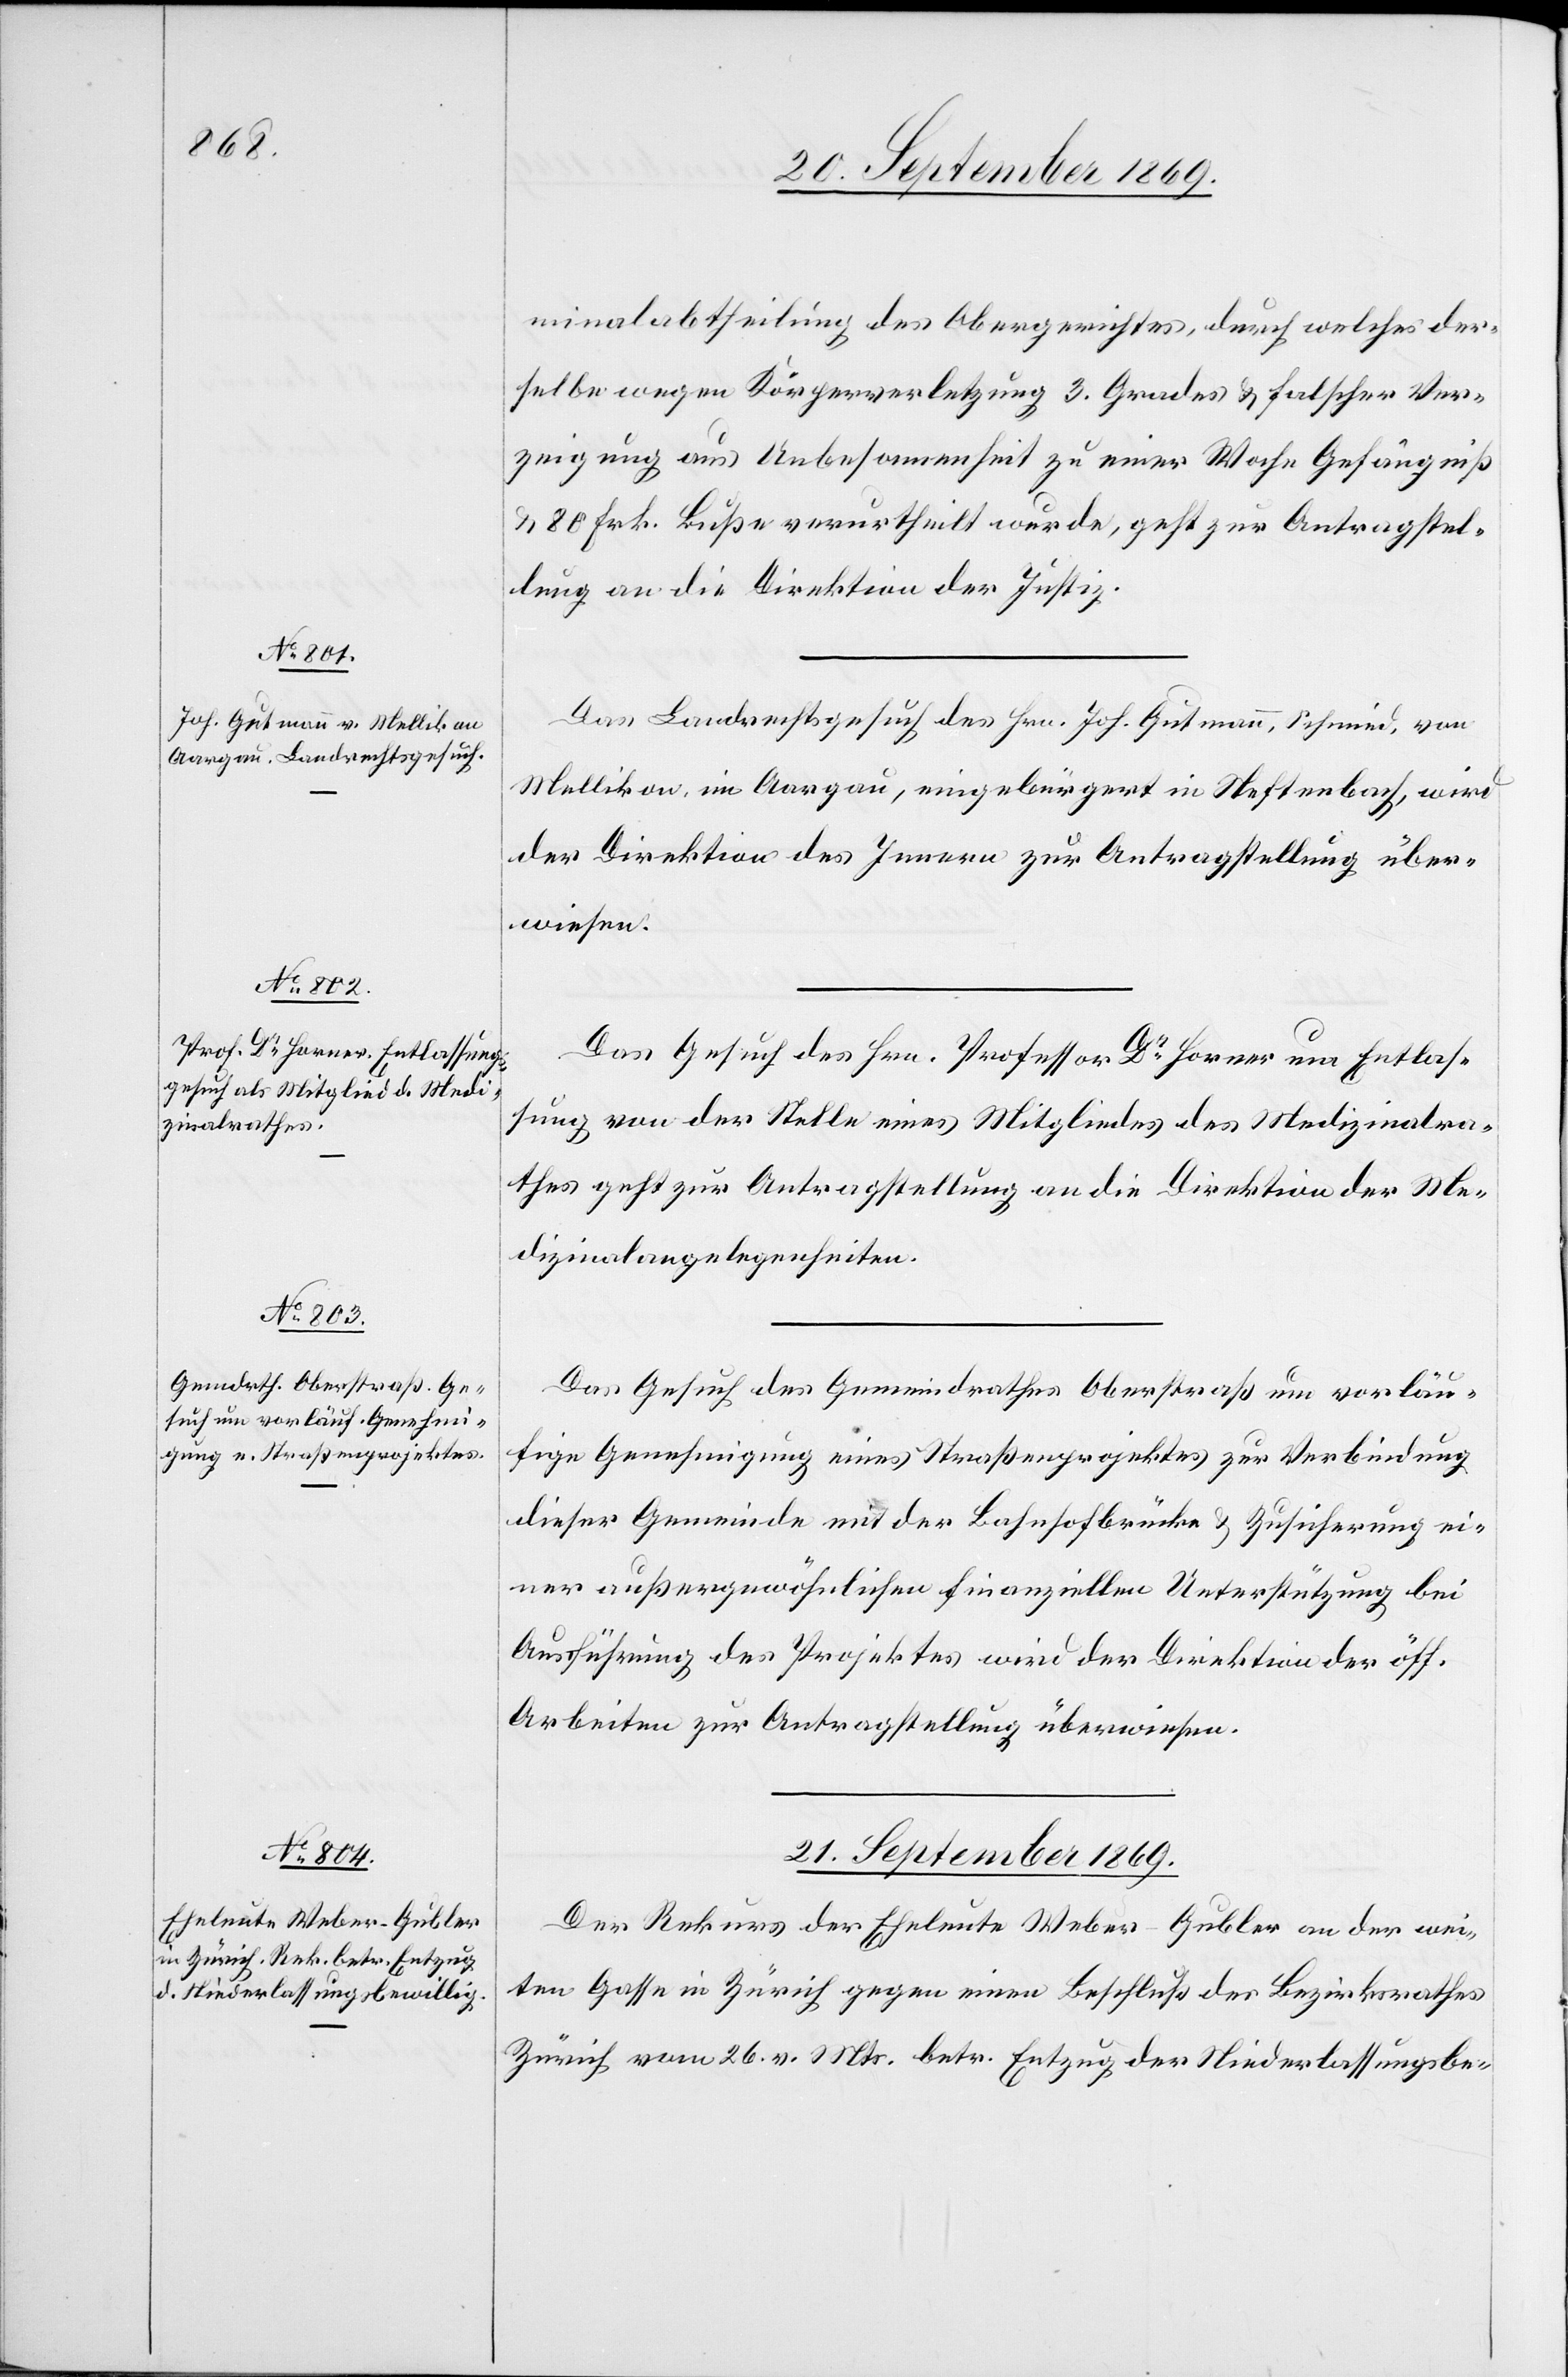
minalabtheilung des Obergerichtes, durch welches der¬
selbe wegen Körperverletzung 3. Grades & falscher Ver¬
zeigung aus Unbesonnenheit zu einer Woche Gefängniß
& 80 Frk. Buße verurtheilt wurde, geht zur Antragstel¬
lung an die Direktion der Justiz.
Das Landrechtsgesuch des Hrn. Joh. Gutmann, Schmied, von
Mellikon, im Aargau, eingebürgert in Neftenbach, wird
der Direktion des Innern zur Antragstellung über¬
wiesen.
Das Gesuch des Hrn. Professor Dr Horner um Entlas¬
sung von der Stelle eines Mitgliedes des Medizinalra¬
thes geht zur Antragstellung an die Direktion der Me¬
dizinalangelegenheiten.
Das Gesuch des Gemeindrathes Oberstraß um vorläu¬
fige Genehmigung eines Straßenprojektes zur Verbindung
dieser Gemeinde mit der Bahnhofbrücke & Zusicherung ei¬
ner außergewöhnlichen finanziellen Unterstützung bei
Ausführung des Projektes wird der Direktion der öff.
Arbeiten zur Antragstellung überwiesen.
21. September 1869.
Der Rekurs der Eheleute Weber-Gubler an der wei¬
ten Gasse in Zürich gegen einen Beschluß des Bezirksrathes
Zürich vom 26. v. Mts. betr. Entzug der Niederlassungsbe-